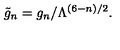
\tilde { g } _ { n } = g _ { n } / \Lambda ^ { ( 6 - n ) / 2 } .